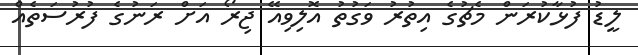
ލީޑު ފުޅާކުރަން މެޗުގެ އިތުރު ވަގުތު އޮލިވިއޭ ޖިރޯ އަށް ރަނުގެ ފުރުސަތެއް